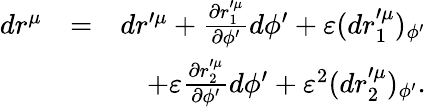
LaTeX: \begin{array}{rlr}{dr^{\mu}}&{=}&{dr^{\prime\mu}+\frac{\partial r_{1}^{\prime\mu}}{\partial\phi^{\prime}}d\phi^{\prime}+\varepsilon(dr_{1}^{\prime\mu})_{\phi^{\prime}}}\\ &{}&{+\varepsilon\frac{\partial r_{2}^{\prime\mu}}{\partial\phi^{\prime}}d\phi^{\prime}+\varepsilon^{2}(dr_{2}^{\prime\mu})_{\phi^{\prime}}.}\end{array}